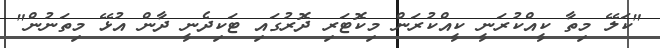
"ކަލޭ މިތާ ކީއްކުރަނީ ކީއްކުރަން މިކޮޓަރި ދޮރުގައި ޓަކިދެނީ ދާން އުޅޭ މިތަނުން"